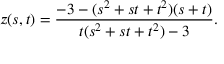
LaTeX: z ( s , t ) = { \frac { - 3 - ( s ^ { 2 } + s t + t ^ { 2 } ) ( s + t ) } { t ( s ^ { 2 } + s t + t ^ { 2 } ) - 3 } } .